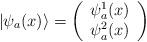
LaTeX: \begin{align*}\vert\psi_a(x)\rangle=\left(\begin{array}{c}\psi^{1}_a(x)\\ \psi^{2}_a(x)\end{array}\right)\end{align*}